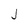
Character: j